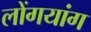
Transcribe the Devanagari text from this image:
लोंगयांग